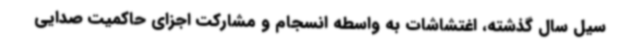
سیل سال گذشته، اغتشاشات به واسطه انسجام و مشارکت اجزای حاکمیت صدایی